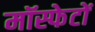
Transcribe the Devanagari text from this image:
मॉस्फेटों